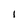
Character: 1